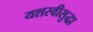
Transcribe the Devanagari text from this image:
यशस्वीसुद्धा